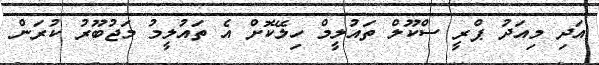
އަދި މިއަދު ޕްރީ ސްކޫލް ތައުލީމް ހިލޭކޮށް އެ ތައުލީމު މަޖުބޫރު ކުރަން